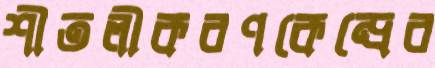
শীতলীকরণকেন্দ্রের